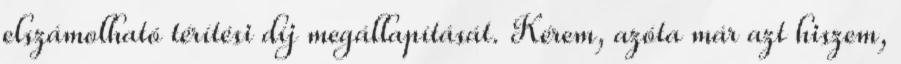
elszámolható térítési díj megállapítását. Kérem, azóta már azt hiszem,